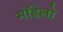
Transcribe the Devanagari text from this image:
मॉडेलो